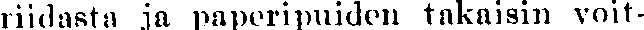
riidasta ja paperipuiden takaisin voit-